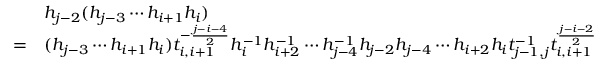
\begin{array} { r l } & { h _ { j - 2 } ( h _ { j - 3 } \cdots h _ { i + 1 } h _ { i } ) } \\ { = } & { ( h _ { j - 3 } \cdots h _ { i + 1 } h _ { i } ) t _ { i , i + 1 } ^ { - \frac { j - i - 4 } { 2 } } h _ { i } ^ { - 1 } h _ { i + 2 } ^ { - 1 } \cdots h _ { j - 4 } ^ { - 1 } h _ { j - 2 } h _ { j - 4 } \cdots h _ { i + 2 } h _ { i } t _ { j - 1 , j } ^ { - 1 } t _ { i , i + 1 } ^ { \frac { j - i - 2 } { 2 } } } \end{array}